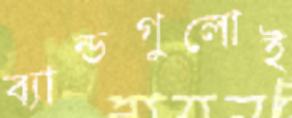
ব্যান্ডগুলোই